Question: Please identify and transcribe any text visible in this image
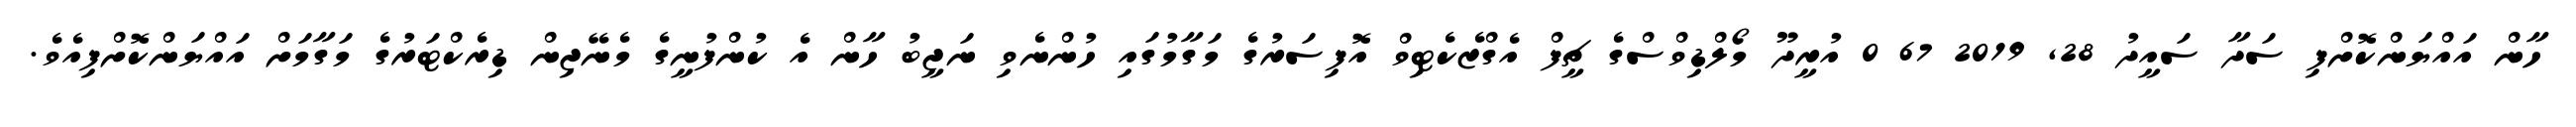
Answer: ހާން އައްޔަންކޮށްފި ސަދާ ސައީދު 28, 2019 67 0 އުރީދޫ މޯލްޑިވްސްގެ ޗީފް އެގްޒެކެޓިވް އޮފިސަރުގެ މަގާމުގައި ހުންނެވި ނަޖީބު ހާން އެ ކުންފުނީގެ މެނޭޖިން ޑިރެކްޓަރުގެ މަގާމަށް އައްޔަންކޮށްފިއެވެ.